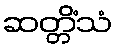
ဆတ္တိံသံ